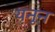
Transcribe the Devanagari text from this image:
यनुन